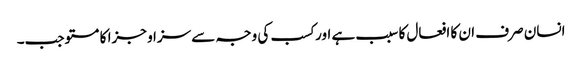
انسان صرف ان کا افعال کا سبب ہے اور کسب کی وجہ سے سزا و جزا کا مستوجب۔